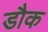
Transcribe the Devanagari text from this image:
डौक